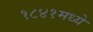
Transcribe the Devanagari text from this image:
१८४१मध्ये